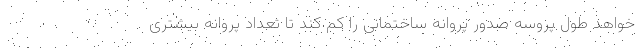
خواهد طول پروسه صدور پروانه ساختمانی را کم کند تا تعداد پروانه بیشتری